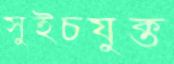
সুইচযুক্ত